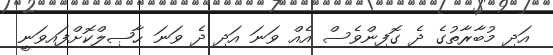
އަދި މުބާރާތުގެ ދެ ގޮފިންވެސް އެއް ވަނަ އަދި ދެ ވަނަ ޙާޞިލްކޮށްފައިވަނީ